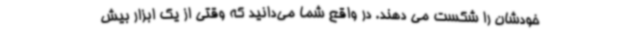
خودشان را شکست می دهند. در واقع شما می‌دانید که وقتی از یک ابزار بیش